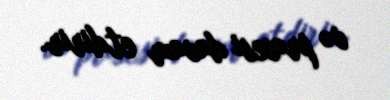
və prosesi davam etdirir.